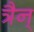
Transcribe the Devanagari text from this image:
त्रैन्